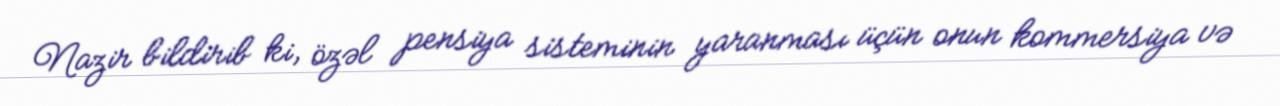
Nazir bildirib ki, özəl pensiya sisteminin yaranması üçün onun kommersiya və